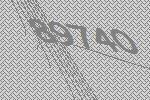
89740